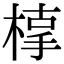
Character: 𣖥